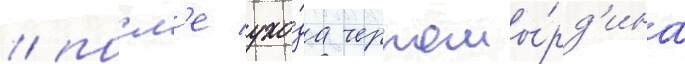
/ посл'е ухо́да черномы́рд'ина